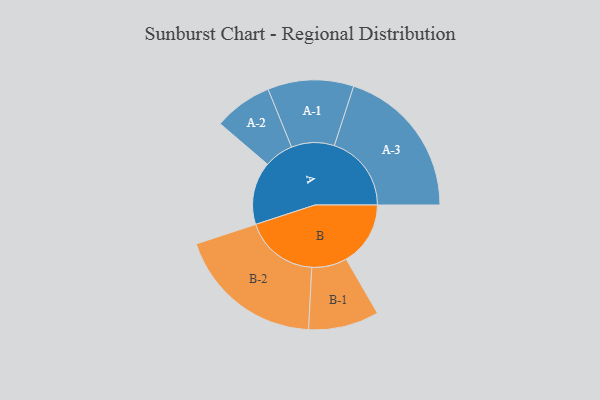
{"axis": {"x": "Segment", "y": "Value"}, "legend": ["", "A", "B"], "data": [{"x": "A", "y": 230, "type": ""}, {"x": "B", "y": 235, "type": ""}, {"x": "A-1", "y": 157, "type": "A"}, {"x": "A-2", "y": 107, "type": "A"}, {"x": "A-3", "y": 282, "type": "A"}, {"x": "B-1", "y": 129, "type": "B"}, {"x": "B-2", "y": 270, "type": "B"}]}